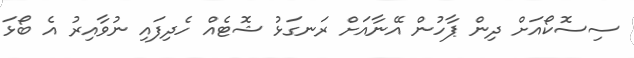
ސިސޮކޯއަށް ދިން ޕާހުން އޭނާއަށް ރަނގަޅު ޝޮޓެއް ހެދިފައި ނުވާއިރު އެ ބޯޅަ